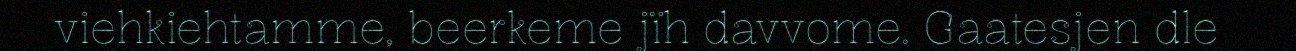
viehkiehtamme, beerkeme jïh davvome. Gaatesjen dle